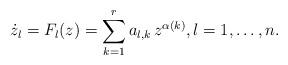
LaTeX: \begin{align*}\dot{z}_l=F_l(z)=\sum_{k=1}^r a_{l,k} \, z^{\alpha(k)}, l=1,\dots,n.\end{align*}